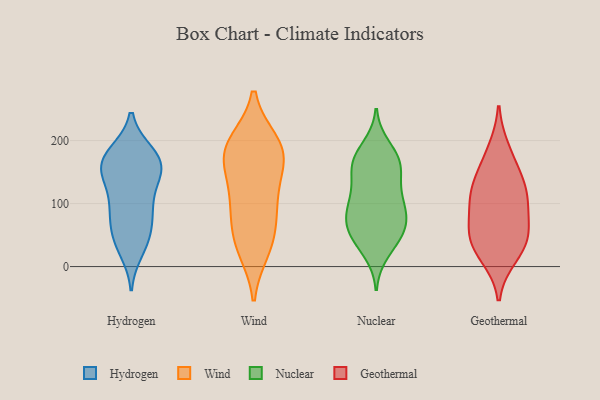
{"axis": {"x": "Shipments", "y": "Value"}, "legend": ["Geothermal", "Hydrogen", "Nuclear", "Wind"], "data": [{"x": "", "y": 141, "type": "Hydrogen"}, {"x": "", "y": 101, "type": "Hydrogen"}, {"x": "", "y": 147, "type": "Hydrogen"}, {"x": "", "y": 181, "type": "Hydrogen"}, {"x": "", "y": 168, "type": "Hydrogen"}, {"x": "", "y": 163, "type": "Hydrogen"}, {"x": "", "y": 93, "type": "Hydrogen"}, {"x": "", "y": 39, "type": "Hydrogen"}, {"x": "", "y": 66, "type": "Hydrogen"}, {"x": "", "y": 25, "type": "Hydrogen"}, {"x": "", "y": 181, "type": "Hydrogen"}, {"x": "", "y": 160, "type": "Hydrogen"}, {"x": "", "y": 83, "type": "Hydrogen"}, {"x": "", "y": 150, "type": "Hydrogen"}, {"x": "", "y": 180, "type": "Hydrogen"}, {"x": "", "y": 146, "type": "Hydrogen"}, {"x": "", "y": 38, "type": "Hydrogen"}, {"x": "", "y": 57, "type": "Hydrogen"}, {"x": "", "y": 102, "type": "Hydrogen"}, {"x": "", "y": 106, "type": "Wind"}, {"x": "", "y": 196, "type": "Wind"}, {"x": "", "y": 171, "type": "Wind"}, {"x": "", "y": 40, "type": "Wind"}, {"x": "", "y": 104, "type": "Wind"}, {"x": "", "y": 195, "type": "Wind"}, {"x": "", "y": 156, "type": "Wind"}, {"x": "", "y": 28, "type": "Wind"}, {"x": "", "y": 45, "type": "Wind"}, {"x": "", "y": 91, "type": "Wind"}, {"x": "", "y": 185, "type": "Wind"}, {"x": "", "y": 176, "type": "Wind"}, {"x": "", "y": 190, "type": "Nuclear"}, {"x": "", "y": 101, "type": "Nuclear"}, {"x": "", "y": 149, "type": "Nuclear"}, {"x": "", "y": 69, "type": "Nuclear"}, {"x": "", "y": 58, "type": "Nuclear"}, {"x": "", "y": 167, "type": "Nuclear"}, {"x": "", "y": 23, "type": "Nuclear"}, {"x": "", "y": 102, "type": "Nuclear"}, {"x": "", "y": 61, "type": "Nuclear"}, {"x": "", "y": 66, "type": "Nuclear"}, {"x": "", "y": 98, "type": "Nuclear"}, {"x": "", "y": 173, "type": "Nuclear"}, {"x": "", "y": 155, "type": "Nuclear"}, {"x": "", "y": 125, "type": "Nuclear"}, {"x": "", "y": 99, "type": "Nuclear"}, {"x": "", "y": 174, "type": "Nuclear"}, {"x": "", "y": 43, "type": "Nuclear"}, {"x": "", "y": 38, "type": "Nuclear"}, {"x": "", "y": 154, "type": "Nuclear"}, {"x": "", "y": 75, "type": "Nuclear"}, {"x": "", "y": 48, "type": "Geothermal"}, {"x": "", "y": 30, "type": "Geothermal"}, {"x": "", "y": 49, "type": "Geothermal"}, {"x": "", "y": 124, "type": "Geothermal"}, {"x": "", "y": 155, "type": "Geothermal"}, {"x": "", "y": 184, "type": "Geothermal"}, {"x": "", "y": 121, "type": "Geothermal"}, {"x": "", "y": 17, "type": "Geothermal"}, {"x": "", "y": 108, "type": "Geothermal"}, {"x": "", "y": 60, "type": "Geothermal"}, {"x": "", "y": 96, "type": "Geothermal"}]}